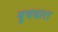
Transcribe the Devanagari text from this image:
यूथचारा